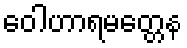
ဝေါဟာရမတ္တေန